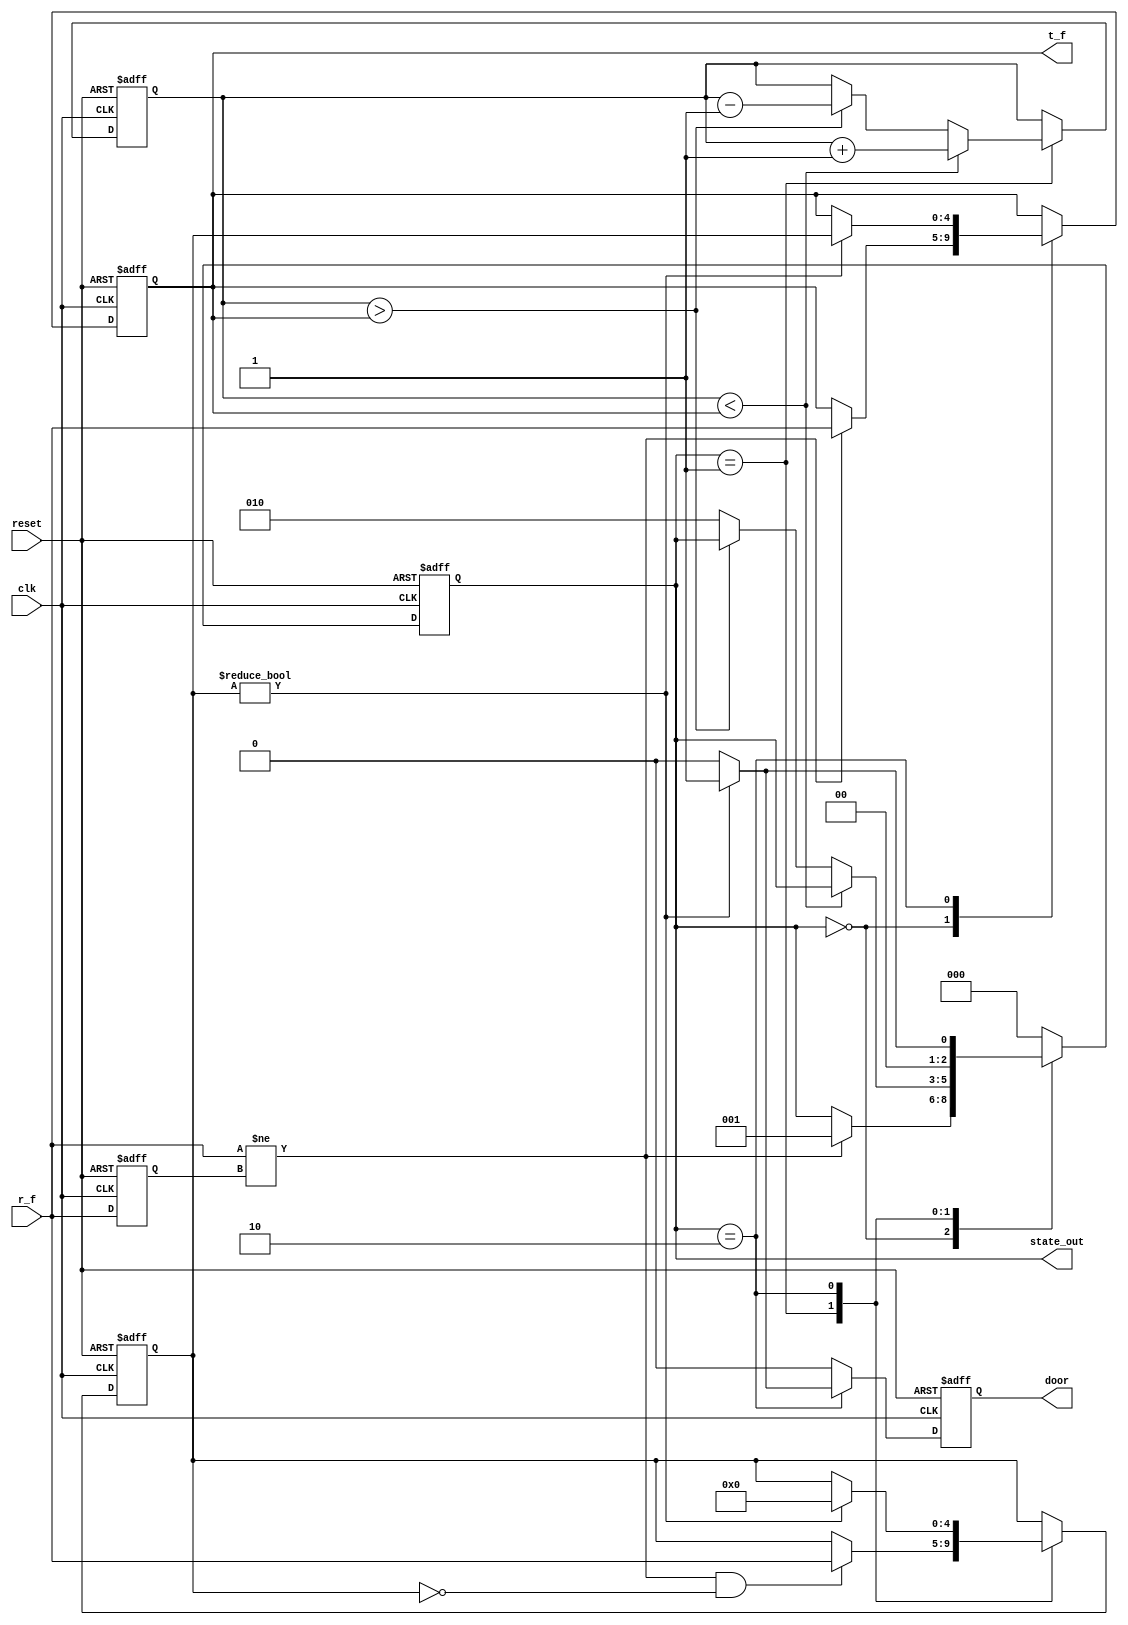
`timescale 1ns / 1ps

module elevator (
    input clk, reset,
    input [4:0] r_f, // request
    output reg [4:0] t_f, // targeted floor
    output reg [2:0] state_out, // output state
    output reg door // door control signal 1 open, 0 close
);

    reg [2:0] state = 3'b000; // 0 idle 1 moving 2=10 stop
    reg [4:0] c_f = 5'b00000; // current floor
    reg [4:0] q_f = 5'b00000; // queue
    reg [4:0] prev_r_f = 5'b00000; // previous request
    //when positive of clock the loop will run
    always @(posedge clk or posedge reset) begin
        if (reset) begin
            state <= 3'b000;
            c_f <= 5'b00000;
            t_f <= 5'b00000;
            q_f <= 5'b00000;
            door <= 1'b0;
            prev_r_f <= 5'b00000;
        end else begin
            prev_r_f <= r_f;

            case (state)
                3'b000: //idle state
                begin 
                    door <= 1'b0;
                    if (r_f != prev_r_f) begin //if there is new request
                        t_f <= r_f;
                        state <= 3'b001; // idle --> moving 
                    end
                end

                3'b001: //moving 
                begin
                    door <= 1'b0;
                    if (c_f < t_f) begin
                        c_f <= c_f + 1;
                    end else if (c_f > t_f) begin
                        c_f <= c_f - 1;
                    end else begin
                        state <= 3'b010; // transition to stop
                    end

                    //check for new requests while moving/movement.
                    if (r_f != prev_r_f && !q_f) begin
                        q_f <= r_f;
                    end
                end

                3'b010: //stop
                begin
                    door <= 1'b1; // door open
                    if (q_f != 5'b00000) begin
                        t_f <= q_f;
                        q_f <= 5'b00000;
                        state <= 3'b001; //back to moving 
                    end else begin
                        door <= 1'b0; // door close
                        state <= 3'b000; // back to isle
                    end
                end

                default:
                begin
                    state <= 3'b000; // defult-- idle of any other conditions
                    door <= 1'b0;
                end
            endcase
        end
    end

    always @(state) begin
        state_out <= state;
    end

endmodule